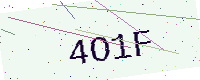
Text: 4O1F